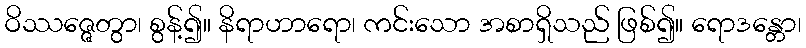
ဝိဿဇ္ဇေတွာ၊ စွန့်၍။ နိရာဟာရော၊ ကင်းသော အစာရှိသည် ဖြစ်၍။ ရောဒန္တော၊